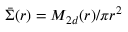
\bar { \Sigma } ( r ) = M _ { 2 d } ( r ) / \pi r ^ { 2 }